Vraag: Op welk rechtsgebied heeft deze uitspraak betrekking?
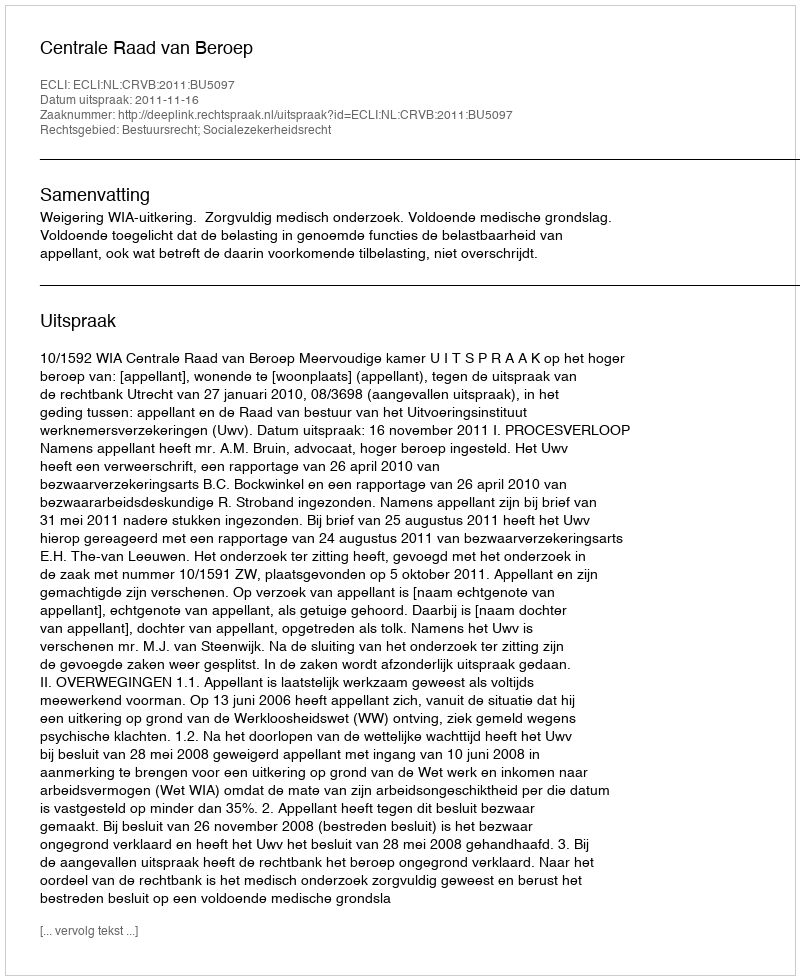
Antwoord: Bestuursrecht; Socialezekerheidsrecht